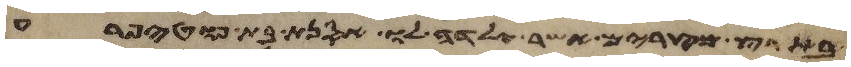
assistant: בארץ מצרים אשר ילדה לו אסנת בת פוטיפרע